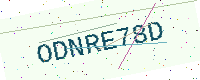
Text: ODNRE78D